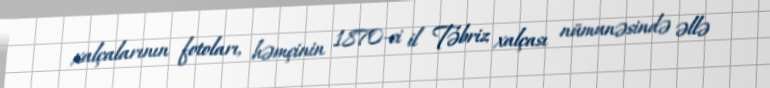
xalçalarının fotoları, həmçinin 1870-ci il Təbriz xalçası nümunəsində əllə